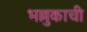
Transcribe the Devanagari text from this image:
भल्लुकाची